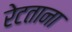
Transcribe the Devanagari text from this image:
रेटताना